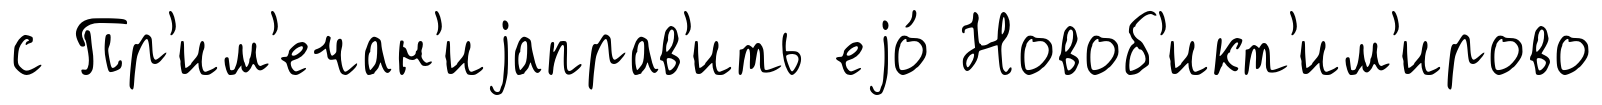
с Пр'им'ечан'иjаправ'ить еjо́ Новоб'икт'им'ирово